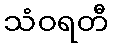
သံဝရတီ